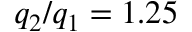
q _ { 2 } / q _ { 1 } = 1 . 2 5